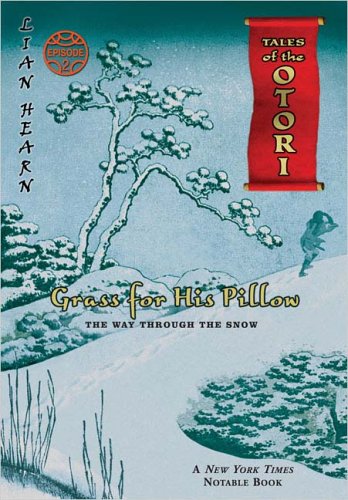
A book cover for Grass For His Pillow, Episode 2: The Way Through The Snow (Tales of the Otori, Book 2); Lian Hearn; Teen & Young Adult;